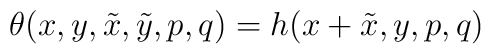
\theta (x, y, \tilde x, \tilde y, p, q) = h (x + \tilde x, y, p, q)